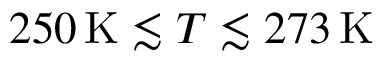
2 5 0 \, \mathrm { K } \lesssim T \lesssim 2 7 3 \, \mathrm { K }